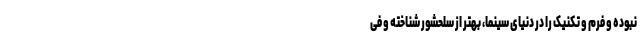
نبوده و فرم و تکنیک را در دنیای سینما، بهتر از سلحشور شناخته و فی